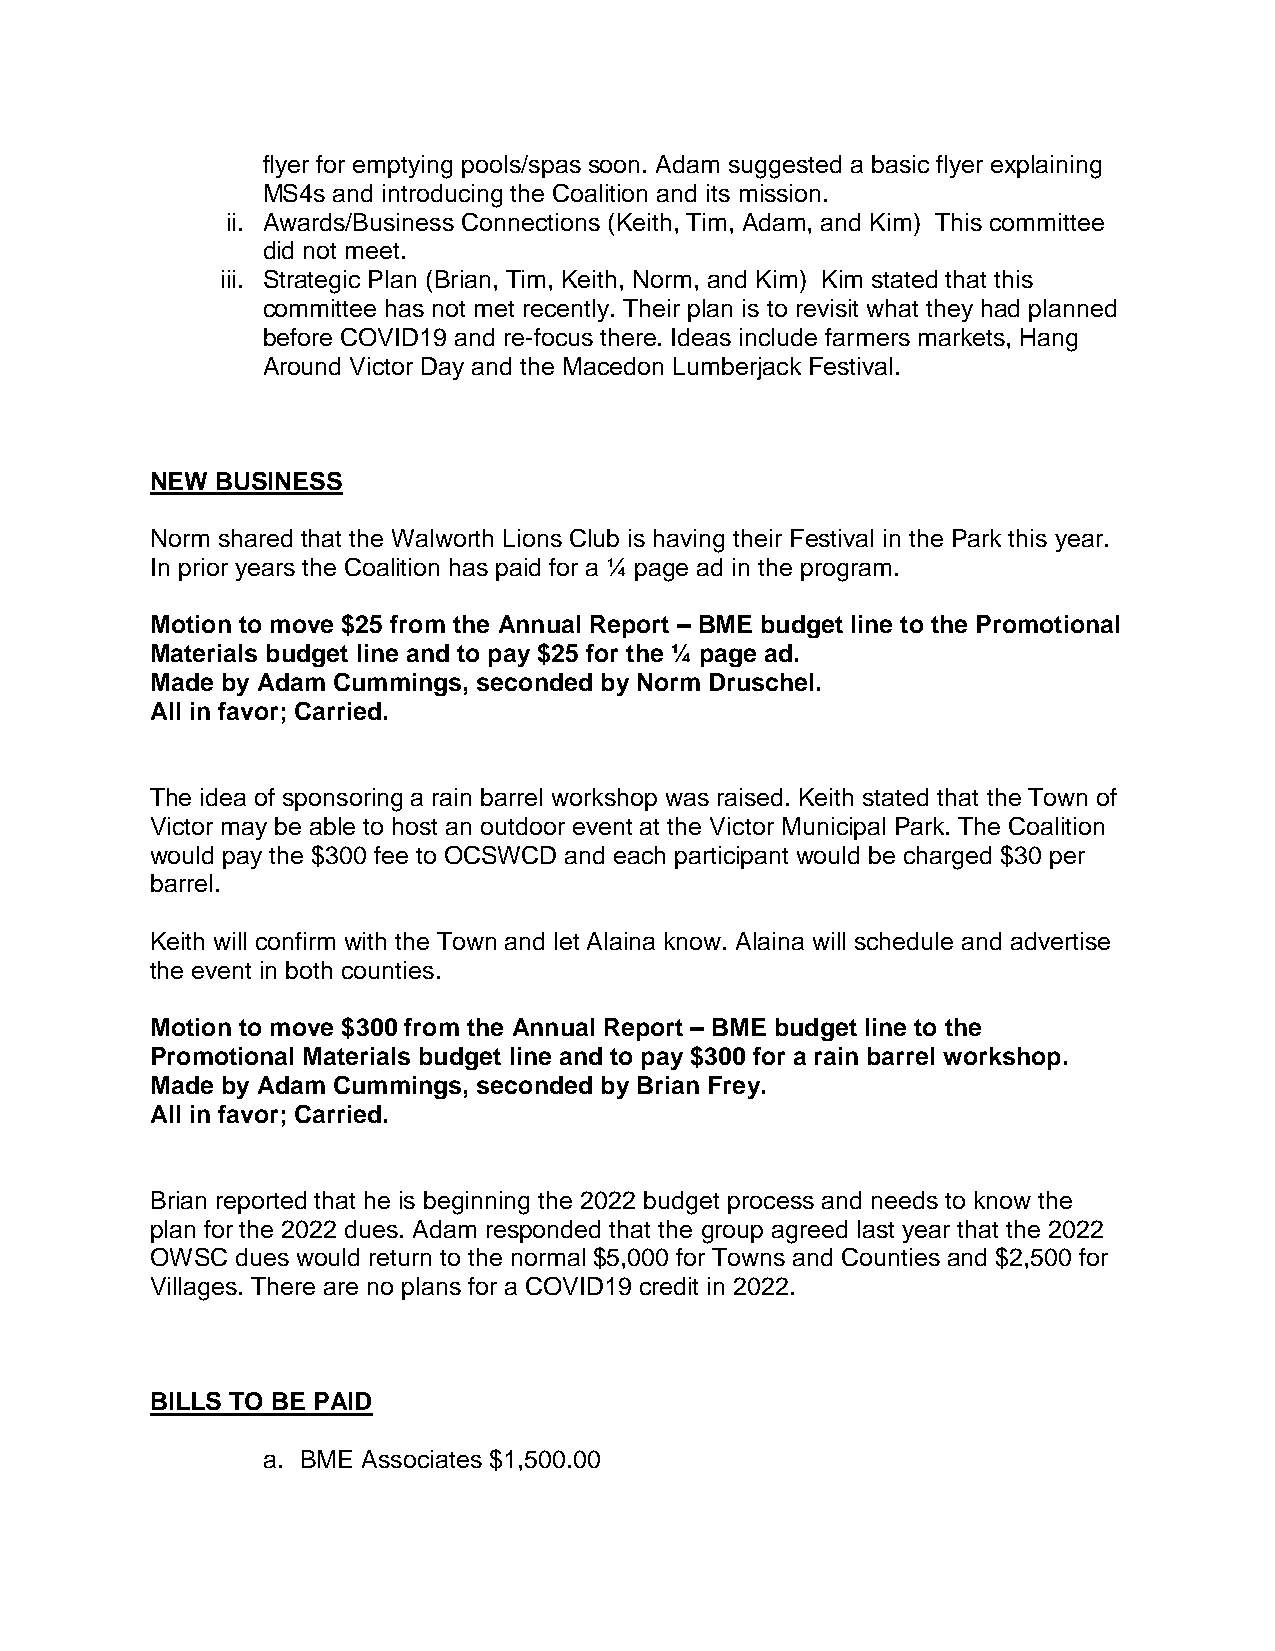
flyer for emptying pools/spas soon. Adam suggested a basic flyer explaining
 MS4s and introducing the Coalition and its mission.
 ii. Awards/Business Connections (Keith, Tim, Adam, and Kim) This committee
 did not meet.
 iii. Strategic Plan (Brian, Tim, Keith, Norm, and Kim) Kim stated that this
 committee has not met recently. Their plan is to revisit what they had planned
 before COVID19 and re-focus there. Ideas include farmers markets, Hang
 Around Victor Day and the Macedon Lumberjack Festival.
 NEW BUSINESS
 Norm shared that the Walworth Lions Club is having their Festival in the Park this year.
 In prior years the Coalition has paid for a ¼ page ad in the program.
 Motion to move $25 from the Annual Report – BME budget line to the Promotional
 Materials budget line and to pay $25 for the ¼ page ad.
 Made by Adam Cummings, seconded by Norm Druschel.
 All in favor; Carried.
 The idea of sponsoring a rain barrel workshop was raised. Keith stated that the Town of
 Victor may be able to host an outdoor event at the Victor Municipal Park. The Coalition
 would pay the $300 fee to OCSWCD and each participant would be charged $30 per
 barrel.
 Keith will confirm with the Town and let Alaina know. Alaina will schedule and advertise
 the event in both counties.
 Motion to move $300 from the Annual Report – BME budget line to the
 Promotional Materials budget line and to pay $300 for a rain barrel workshop.
 Made by Adam Cummings, seconded by Brian Frey.
 All in favor; Carried.
 Brian reported that he is beginning the 2022 budget process and needs to know the
 plan for the 2022 dues. Adam responded that the group agreed last year that the 2022
 OWSC  dues would return to the normal $5,000 for Towns and Counties and $2,500 for
 Villages. There are no plans for a COVID19 credit in 2022.
 BILLS TO BE PAID
 a. BME Associates $1,500.00